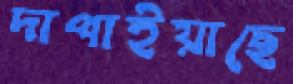
দাপাইয়াছে